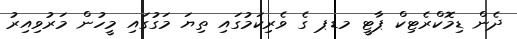
ދެން ޑިމޮކްރެޓިކް ޕާޓީ މޑޕ ގެ ވެރިކަމުގައި ތިޔަ މަގުގައި މީހުން މަރުވިއިރު